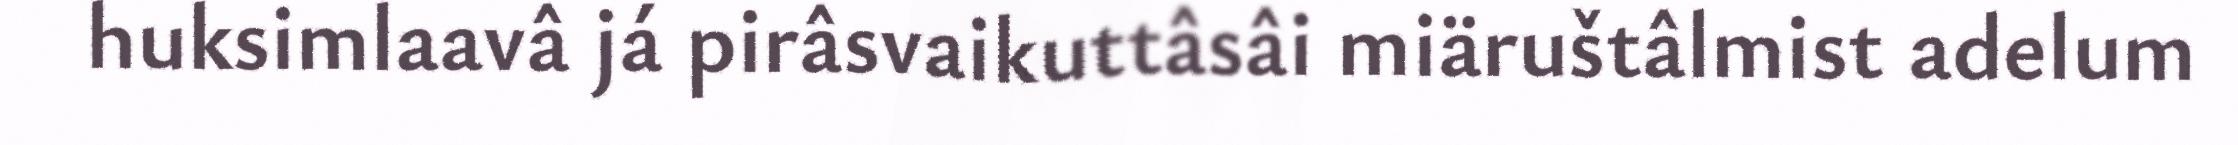
huksimlaavâ já pirâsvaikuttâsâi miäruštâlmist adelum